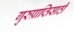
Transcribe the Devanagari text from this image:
गुरुप्राप्तिसाठी